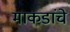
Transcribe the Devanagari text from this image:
माकडांचे